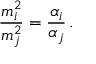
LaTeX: \frac { m _ { i } ^ { 2 } } { m _ { j } ^ { 2 } } = \frac { \alpha _ { i } } { \alpha _ { j } } \, .